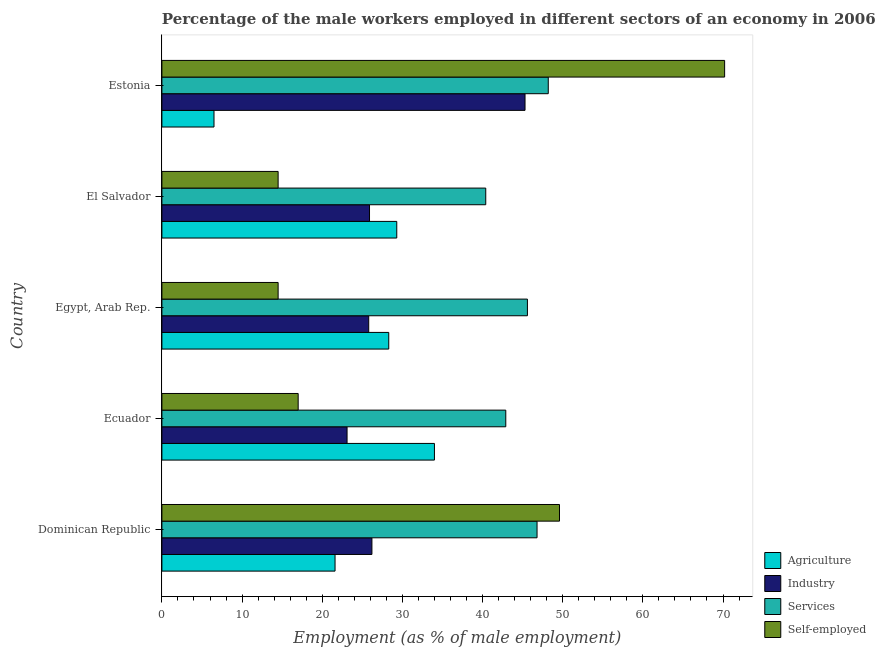
| Country | Agriculture | Industry | Services | Self-employed |
 | --- | --- | --- | --- | --- |
 | Dominican Republic | 21.6 | 26.2 | 46.8 | 49.6 |
 | Ecuador | 34 | 23.1 | 42.9 | 17 |
 | Egypt, Arab Rep. | 28.3 | 25.8 | 45.6 | 14.5 |
 | El Salvador | 29.3 | 25.9 | 40.4 | 14.5 |
 | Estonia | 6.5 | 45.3 | 48.2 | 70.2 |